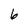
Character: 6